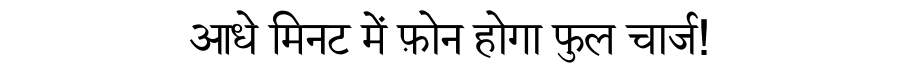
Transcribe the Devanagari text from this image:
आधे मिनट में फ़ोन होगा फुल चार्ज!